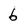
Character: 6